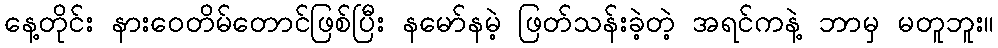
နေ့တိုင်း နားဝေတိမ်တောင်ဖြစ်ပြီး နမော်နမဲ့ ဖြတ်သန်းခဲ့တဲ့ အရင်ကနဲ့ ဘာမှ မတူဘူး။